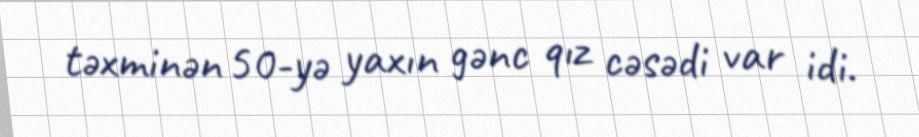
təxminən 50-yə yaxın gənc qız cəsədi var idi.